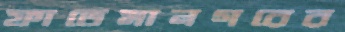
ফাতেমানগরের